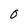
Character: 0